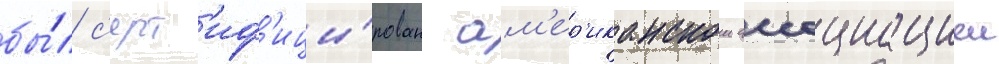
бы́л с'ерт'иф'ици́рован ам'ер'иканскои ассоциациеи